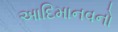
આદિમાનવનો